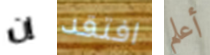
إن افتقد أعلم